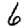
Digit: 6